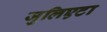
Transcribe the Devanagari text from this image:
जुलिएटा